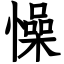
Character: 懆